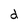
Character: d